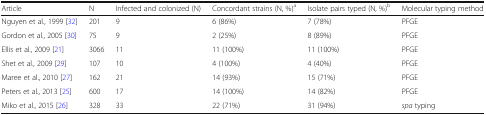
<table><thead><tr><td><b>Article</b></td><td><b>N</b></td><td><b>Infected and colonized (N)</b></td><td><b>Concordant strains (N, %)<sup>a</sup></b></td><td><b>Isolate pairs typed (N, %)<sup>b</sup></b></td><td><b>Molecular typing method</b></td></tr></thead><tbody><tr><td>Nguyen et al., 1999 [32]</td><td>201</td><td>9</td><td>6 (86%)</td><td>7 (78%)</td><td>PFGE</td></tr><tr><td>Gordon et al., 2005 [30]</td><td>75</td><td>9</td><td>2 (25%)</td><td>8 (89%)</td><td>PFGE</td></tr><tr><td>Ellis et al., 2009 [21]</td><td>3066</td><td>11</td><td>11 (100%)</td><td>11 (100%)</td><td>PFGE</td></tr><tr><td>Shet et al., 2009 [29]</td><td>107</td><td>10</td><td>4 (100%)</td><td>4 (40%)</td><td>PFGE</td></tr><tr><td>Maree et al., 2010 [27]</td><td>162</td><td>21</td><td>14 (93%)</td><td>15 (71%)</td><td>PFGE</td></tr><tr><td>Peters et al., 2013 [25]</td><td>600</td><td>17</td><td>14 (100%)</td><td>14 (82%)</td><td>PFGE</td></tr><tr><td>Miko et al., 2015 [26]</td><td>328</td><td>33</td><td>22 (71%)</td><td>31 (94%)</td><td><i>spa</i> typing</td></tr></tbody></table>